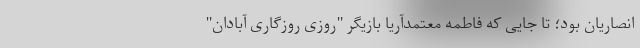
انصاریان بود؛ تا جایی که فاطمه معتمدآریا بازیگر "روزی روزگاری آبادان"